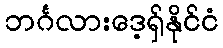
ဘင်္ဂလားဒေ့ရှ်နိုင်ငံ